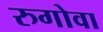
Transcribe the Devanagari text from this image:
रुगोवा